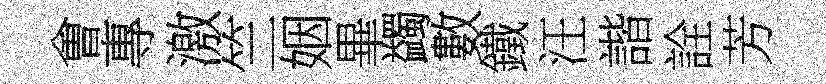
㑹專激竺姻畢蠲數鐵汪諧詮芳